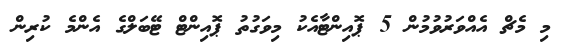
މި މެޗް އެއްވަރުވުމުން 5 ޕޮއިންޓާއެކު މިވަގުތު ޕޮއިންޓް ޓޭބަލްގެ އެންމެ ކުރިން